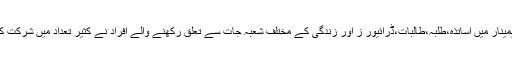
سیمینار میں اساتذہ،طلبہ،طالبات،ڈرائیور ز اور زندگی کے مختلف شعبہ جات سے تعلق رکھنے والے افراد نے کثیر تعداد میں شرکت کی۔